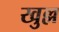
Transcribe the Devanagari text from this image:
खुल्ल